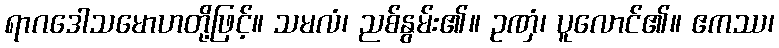
ရာဂဒေါသမောဟတို့ဖြင့်။ သမလံ၊ ညစ်နွမ်း၏။ ဥဏှံ၊ ပူလောင်၏။ ဧကဿ၊